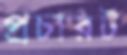
প্রচারট